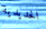
الحديدية